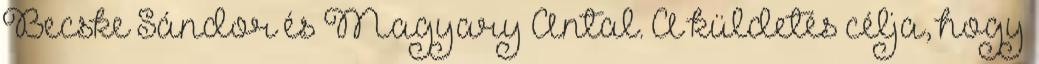
Becske Sándor és Magyary Antal. A küldetés célja, hogy